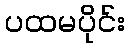
ပထမပိုင်း